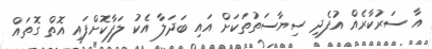
އާ ސަރުކާރެއް އުފެދި ސިޔާސަތުތަކަށް އައި ބަދަލާ އެކު ލަފާކޮށްފައި އޮތް ގޮތައް